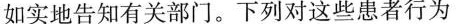
如实地告知有关部门。下列对这些患者行为